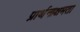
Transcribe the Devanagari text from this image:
प्रार्थनाक्षमता